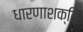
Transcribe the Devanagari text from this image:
धारणाशक्ति